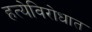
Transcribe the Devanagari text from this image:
हत्येविरोधात